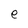
Character: e